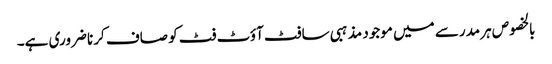
بالخصوص ہر مدرسے میں موجود مذہبی سافٹ آؤٹ فٹ کو صاف کرنا ضروری ہے۔